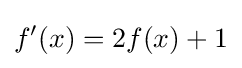
f'(x)=2f(x)+1